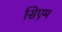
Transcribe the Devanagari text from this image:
सिएम